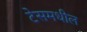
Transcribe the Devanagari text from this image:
टेसमधील